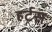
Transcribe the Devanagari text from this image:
हर्टस